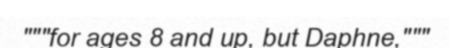
"""for ages 8 and up, but Daphne,"""